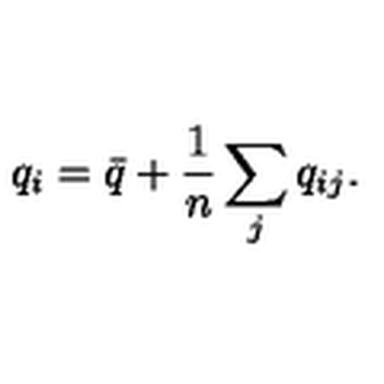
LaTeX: q _ { i } = { \bar { q } } + \frac { 1 } { n } \sum _ { j } q _ { i j } .